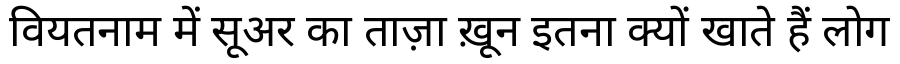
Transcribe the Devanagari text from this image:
वियतनाम में सूअर का ताज़ा ख़ून इतना क्यों खाते हैं लोग